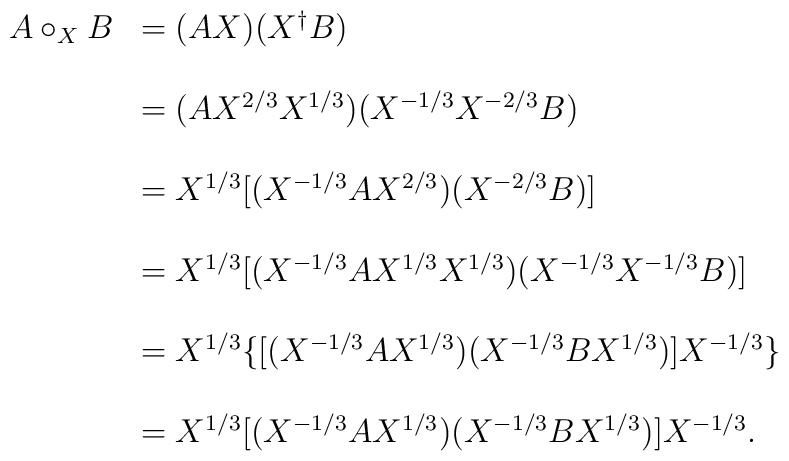
\begin{array}{rl}A\circ_{X}B & = (AX)(X^{ \dagger }B) \\ \\& = (AX^{2/3}X^{1/3})(X^{-1/3}X^{-2/3}B) \\ \\& = X^{1/3}[(X^{-1/3}AX^{2/3})(X^{-2/3}B)] \\ \\& = X^{1/3}[(X^{-1/3}AX^{1/3}X^{1/3})(X^{-1/3}X^{-1/3}B)] \\ \\& = X^{1/3}\{[(X^{-1/3}AX^{1/3})(X^{-1/3}BX^{1/3})]X^{-1/3}\} \\\\ & = X^{1/3}[(X^{-1/3}AX^{1/3})(X^{-1/3}BX^{1/3})]X^{-1/3}. \\\end{array}